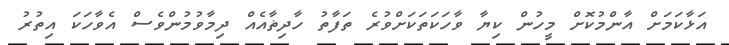
އަޅާކަމަށް އާންމުކޮށް މީހުން ކިޔާ ވާހަކަތަކަށްވުރެ ތަފާތު ހާދިޡާއެއް ދިމާވުމުންވެސް އެވާހަކަ އިތުރު